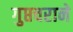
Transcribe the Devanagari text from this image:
गुप्तचराने